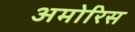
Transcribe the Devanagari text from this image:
अमोरिस